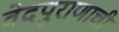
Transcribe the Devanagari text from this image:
वेदपुराणाची